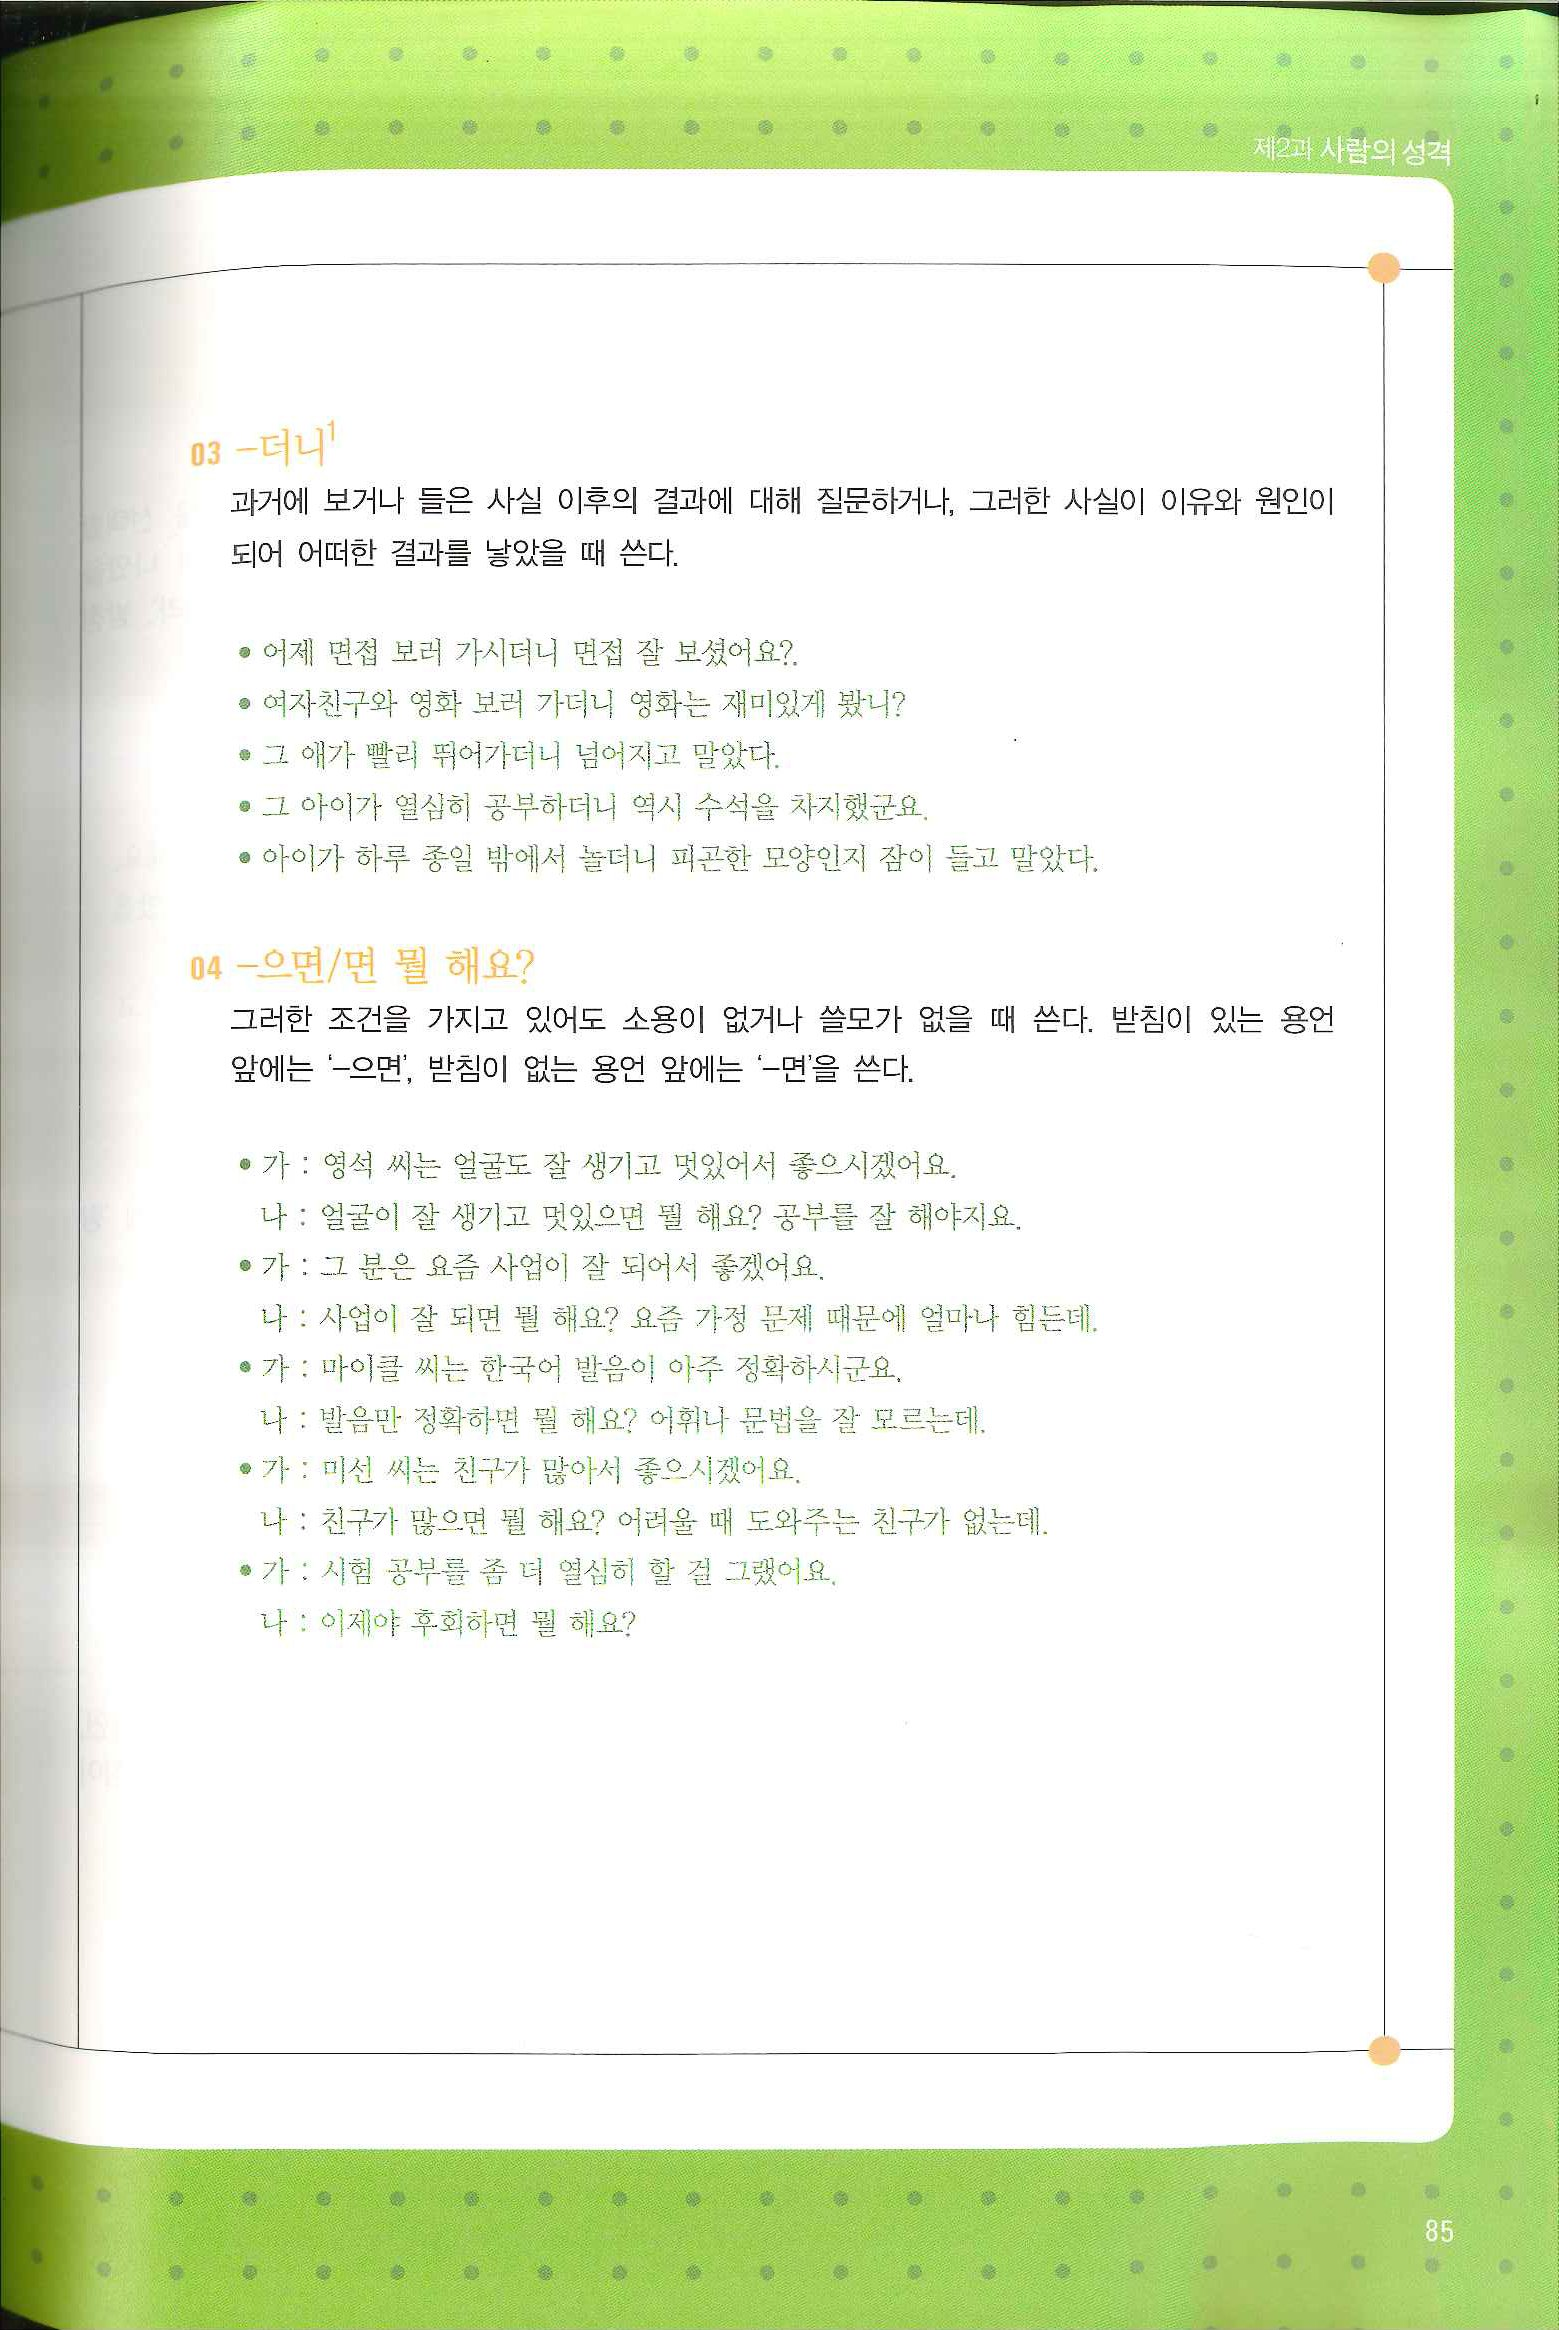
Language: ko